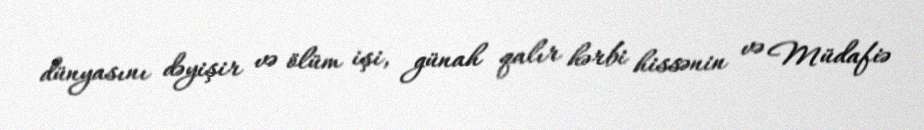
dünyasını dəyişir və ölüm işi, günah qalır hərbi hissənin və Müdafiə